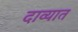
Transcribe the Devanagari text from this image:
दाव्यात